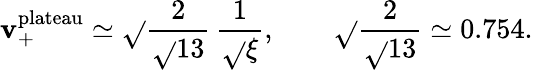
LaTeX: \mathbf{v}_{+}^{\mathrm{{plateau}}}\simeq\sqrt{}{{\frac{{2}}{{\sqrt{}{{13}}}}}}\, \frac{{1}}{{\sqrt{}{{\xi}}}},\qquad\sqrt{}{{\frac{{2}}{{\sqrt{}{{13}}}}}}\simeq0.754.